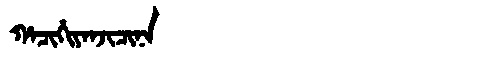
Manchu: ᡥᠠᠴᡳᡥᡳᠶᠠᠨᠵᡳᠴᡳᠨᠠ
Romanization: HACIHIYANJICINA